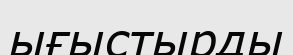
ығыстырды